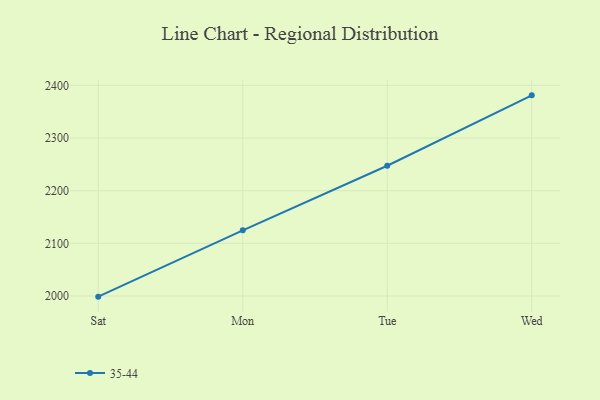
{"axis": {"x": "Day", "y": "Page Views"}, "legend": ["35-44"], "data": [{"x": "Sat", "y": 1998.8, "type": "35-44"}, {"x": "Mon", "y": 2124.7, "type": "35-44"}, {"x": "Tue", "y": 2247.4, "type": "35-44"}, {"x": "Wed", "y": 2381.1, "type": "35-44"}]}